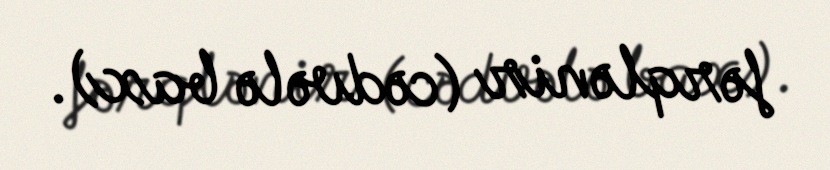
fərqlənir (cədvələ bax).